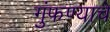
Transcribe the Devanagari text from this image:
गुंफण्याचे